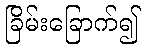
ခြိမ်းခြောက်၍